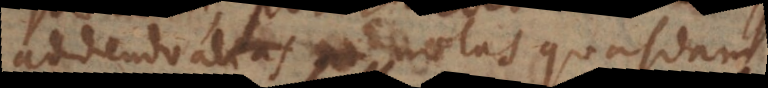
addendo notas quasdam